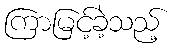
ကြာမြင့်ခဲ့သည့်